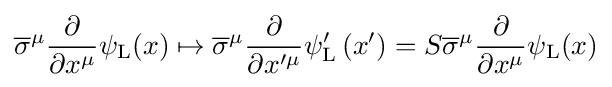
{\overline {\sigma }}^{\mu }{\frac {\partial }{\partial x^{\mu }}}\psi _{\rm {L}}(x)\mapsto {\overline {\sigma }}^{\mu }{\frac {\partial }{\partial x^{\prime \mu }}}\psi _{\rm {L}}^{\prime }\left(x^{\prime }\right)=S{\overline {\sigma }}^{\mu }{\frac {\partial }{\partial x^{\mu }}}\psi _{\rm {L}}(x)